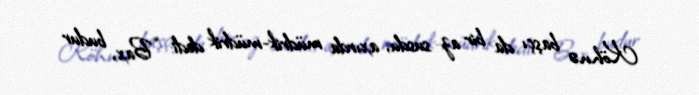
Köhnə başçı da bir az susdu, axırda müdrik-müdrik dedi: “Bax, budur